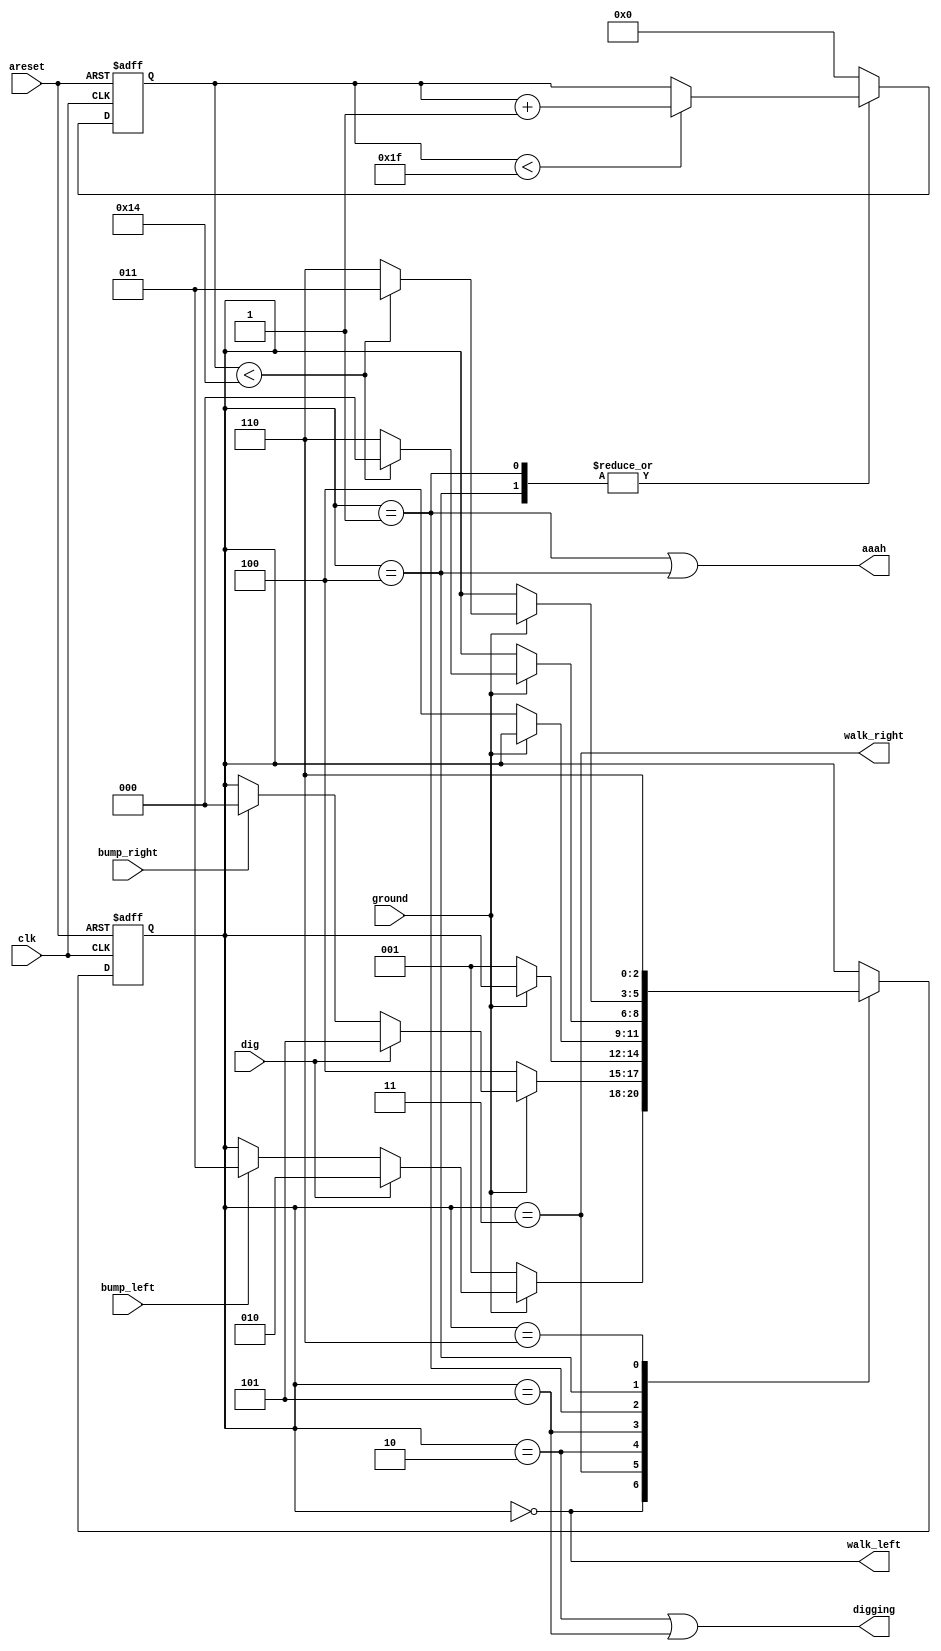
module top_module(
    input clk,
    input areset,    // Freshly brainwashed Lemmings walk left.
    input bump_left,
    input bump_right,
    input ground,
    input dig,
    output walk_left,
    output walk_right,
    output aaah,
    output digging ); 

    parameter L=0,LF=1,LD=2,R=3,RF=4,RD=5,S=6;
    reg [2:0] state,next_state;
    reg [4:0] fall_cnt,fall_cnt_next;
    always @(posedge clk,posedge areset)
        if (areset) begin
            state <= L;
            fall_cnt <= 0;
        end
    	else begin
            state <= next_state;
            fall_cnt <= fall_cnt_next;
        end
    always @(*) begin
        next_state = state;
        fall_cnt_next = 0;
        case (state)
        	L:
                if (ground) begin
                    if (dig) begin
                       next_state = LD; 
                    end
                    else begin
                        if (bump_left) next_state = R;
                    end
                end
            	else begin
                   next_state = LF; 
                end
            R:
                if (ground) begin
                    if (dig) begin
                       next_state = RD; 
                    end
                    else begin
                        if (bump_right) next_state = L;
                    end
                end
            	else begin
                   next_state = RF; 
                end
            LD: if(~ground) next_state = LF;
            RD: if(~ground) next_state = RF;
            LF: begin
                if(fall_cnt < 31) 
                    fall_cnt_next = fall_cnt + 1;
                else
                    fall_cnt_next = fall_cnt;
                if(ground) begin
                    if(fall_cnt < 20) next_state = L;
                    else next_state = S;
                end
            end
            RF: begin
                if(fall_cnt < 31) 
                    fall_cnt_next = fall_cnt + 1;
                else
                    fall_cnt_next = fall_cnt;
                if(ground) begin
                    if(fall_cnt < 20) next_state = R;
                    else next_state = S;
                end
            end
            S: next_state = S;
        endcase
    end
    assign walk_left = (state == L);
    assign walk_right = (state == R);
    assign aaah = (state == LF) | (state == RF);
    assign digging = (state == LD) | (state == RD);
endmodule